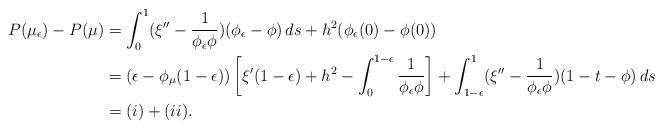
LaTeX: \begin{align*}P(\mu_{\epsilon})-P(\mu) & =\int_{0}^{1}(\xi''-\frac{1}{\phi_{\epsilon}\phi})(\phi_{\epsilon}-\phi)\,ds+h^{2}(\phi_{\epsilon}(0)-\phi(0))\\ & =(\epsilon-\phi_{\mu}(1-\epsilon))\left[\xi'(1-\epsilon)+h^{2}-\int_{0}^{1-\epsilon}\frac{1}{\phi_{\epsilon}\phi}\right]+\int_{1-\epsilon}^{1}(\xi''-\frac{1}{\phi_{\epsilon}\phi})(1-t-\phi)\,ds\\ & =(i)+(ii).\end{align*}